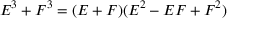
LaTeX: E ^ { 3 } + F ^ { 3 } = ( E + F ) ( E ^ { 2 } - E F + F ^ { 2 } )